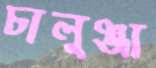
চালুঞ্জা